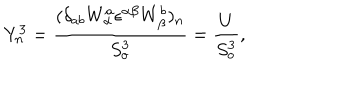
LaTeX: Y _ { n } ^ { 3 } = \frac { ( \delta _ { a b } W _ { \alpha } ^ { a } { \epsilon } ^ { \alpha \beta } W _ { \beta } ^ { b } ) _ { n } } { S _ { o } ^ { 3 } } = \frac { U } { S _ { o } ^ { 3 } } ,